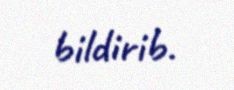
bildirib.